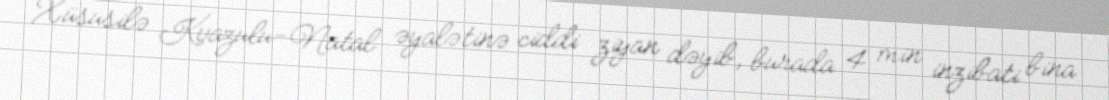
Xüsusilə Kvazulu-Natal əyalətinə ciddi ziyan dəyib, burada 4 min inzibati bina